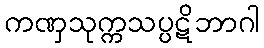
ကဏှသုက္ကသပ္ပဋိဘာဂါ